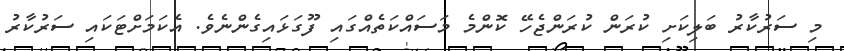
މި ސަރުކާރު ބަލިކަށި ކުރަން ކުރަންޖެހޭ ކޮންމެ މަސައްކަތެއްގައި ފޫގަޅައިގެންނެވެ. އެކަމަށްޓަކައި ސަރުކާރު